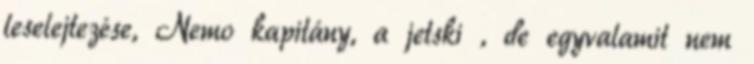
leselejtezése, Nemo kapitány, a jetski , de egyvalamit nem